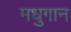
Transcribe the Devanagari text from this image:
मधुगान